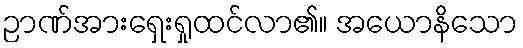
ဉာဏ်အားရှေးရှုထင်လာ၏။ အယောနိသော